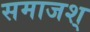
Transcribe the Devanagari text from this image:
समाजश्